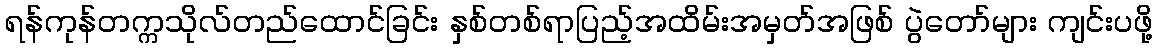
ရန်ကုန်တက္ကသိုလ်တည်ထောင်ခြင်း နှစ်တစ်ရာပြည့်အထိမ်းအမှတ်အဖြစ် ပွဲတော်များ ကျင်းပဖို့